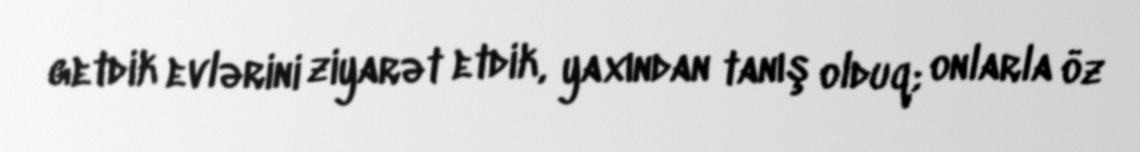
getdik evlərini ziyarət etdik, yaxından tanış olduq; onlarla öz